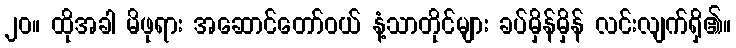
၂၀။ ထိုအခါ မိဖုရား အဆောင်တော်ဝယ် နံ့သာတိုင်များ ခပ်မှိန်မှိန် လင်းလျက်ရှိ၏။